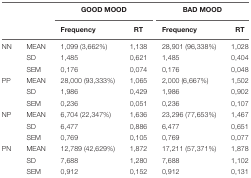
<table><thead><tr><td colspan="2"></td><td colspan="2"><b>GOOD MOOD</b></td><td colspan="2"><b>BAD MOOD</b></td></tr><tr><td colspan="2"></td><td><b>Frequency</b></td><td><b>RT</b></td><td><b>Frequency</b></td><td><b>RT</b></td></tr></thead><tbody><tr><td>NN</td><td>MEAN</td><td>1,099 (3,662%)</td><td>1,138</td><td>28,901 (96,338%)</td><td>1,028</td></tr><tr><td></td><td>SD</td><td>1,485</td><td>0,621</td><td>1,485</td><td>0,404</td></tr><tr><td></td><td>SEM</td><td>0,176</td><td>0,074</td><td>0,176</td><td>0,048</td></tr><tr><td>PP</td><td>MEAN</td><td>28,000 (93,333%)</td><td>1,065</td><td>2,000 (6,667%)</td><td>1,502</td></tr><tr><td></td><td>SD</td><td>1,986</td><td>0,429</td><td>1,986</td><td>0,902</td></tr><tr><td></td><td>SEM</td><td>0,236</td><td>0,051</td><td>0,236</td><td>0,107</td></tr><tr><td>NP</td><td>MEAN</td><td>6,704 (22,347%)</td><td>1,636</td><td>23,296 (77,653%)</td><td>1,467</td></tr><tr><td></td><td>SD</td><td>6,477</td><td>0,886</td><td>6,477</td><td>0,651</td></tr><tr><td></td><td>SEM</td><td>0,769</td><td>0,105</td><td>0,769</td><td>0,077</td></tr><tr><td>PN</td><td>MEAN</td><td>12,789 (42,629%)</td><td>1,872</td><td>17,211 (57,371%)</td><td>1,878</td></tr><tr><td></td><td>SD</td><td>7,688</td><td>1,280</td><td>7,688</td><td>1,102</td></tr><tr><td></td><td>SEM</td><td>0,912</td><td>0,152</td><td>0,912</td><td>0,131</td></tr></tbody></table>